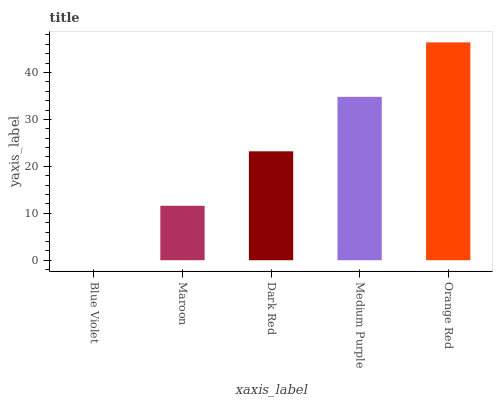
| xaxis_label | bars |
 | --- | --- |
 | Blue Violet | 0 |
 | Maroon | 11.6 |
 | Dark Red | 23.2 |
 | Medium Purple | 34.8 |
 | Orange Red | 46.4 |